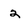
Character: 2